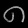
Digit: ၈